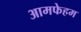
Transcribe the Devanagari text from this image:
आमफेहम